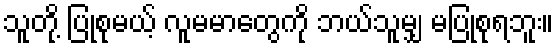
သူတို့ ပြုစုမယ့် လူမမာတွေကို ဘယ်သူမျှ မပြုစုရဘူး။